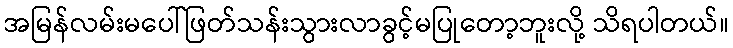
အမြန်လမ်းမပေါ်ဖြတ်သန်းသွားလာခွင့်မပြုတော့ဘူးလို့ သိရပါတယ်။